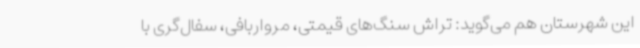
این شهرستان هم می‌گوید: تراش سنگ‌های قیمتی، مرواربافی، سفال‌گری با